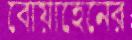
বোয়াহেনের